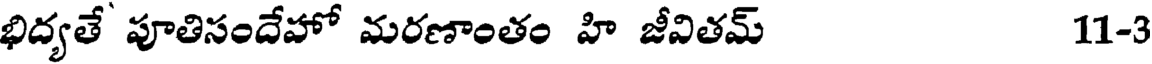
భిద్యతే పూతిసందేహో మరణాంతం హి జీవితమ్ 11-3